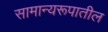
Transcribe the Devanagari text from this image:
सामान्यरूपातील